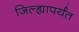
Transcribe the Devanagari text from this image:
जिल्ह्यापर्यंत